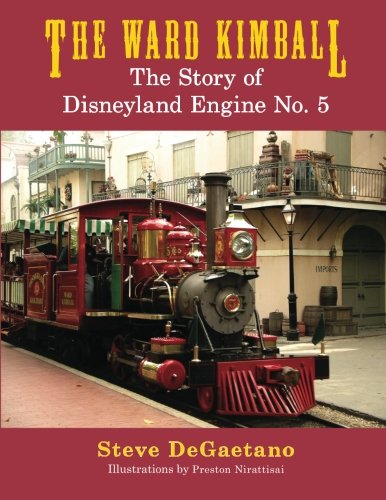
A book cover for The Ward Kimball: The Story of Disneyland Engine No. 5; Steve DeGaetano; Travel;